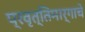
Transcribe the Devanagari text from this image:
प्रवृत्तिमार्गाचे